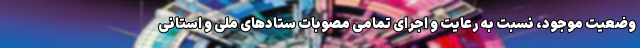
وضعیت موجود، نسبت به رعایت و اجرای تمامی مصوبات ستاد‌های ملی و استانی